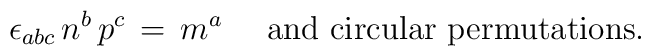
\epsilon_{abc} \, n^b \, p^c \, = \, m^a \,\,\,\,\,\, \mbox{         and circular permutations.}